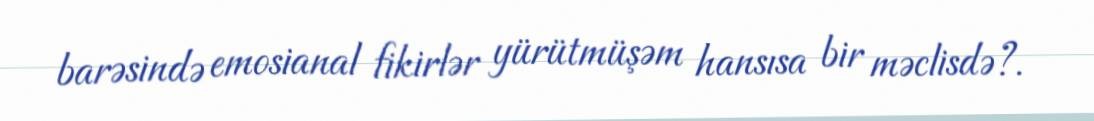
barəsində emosianal fikirlər yürütmüşəm hansısa bir məclisdə?.